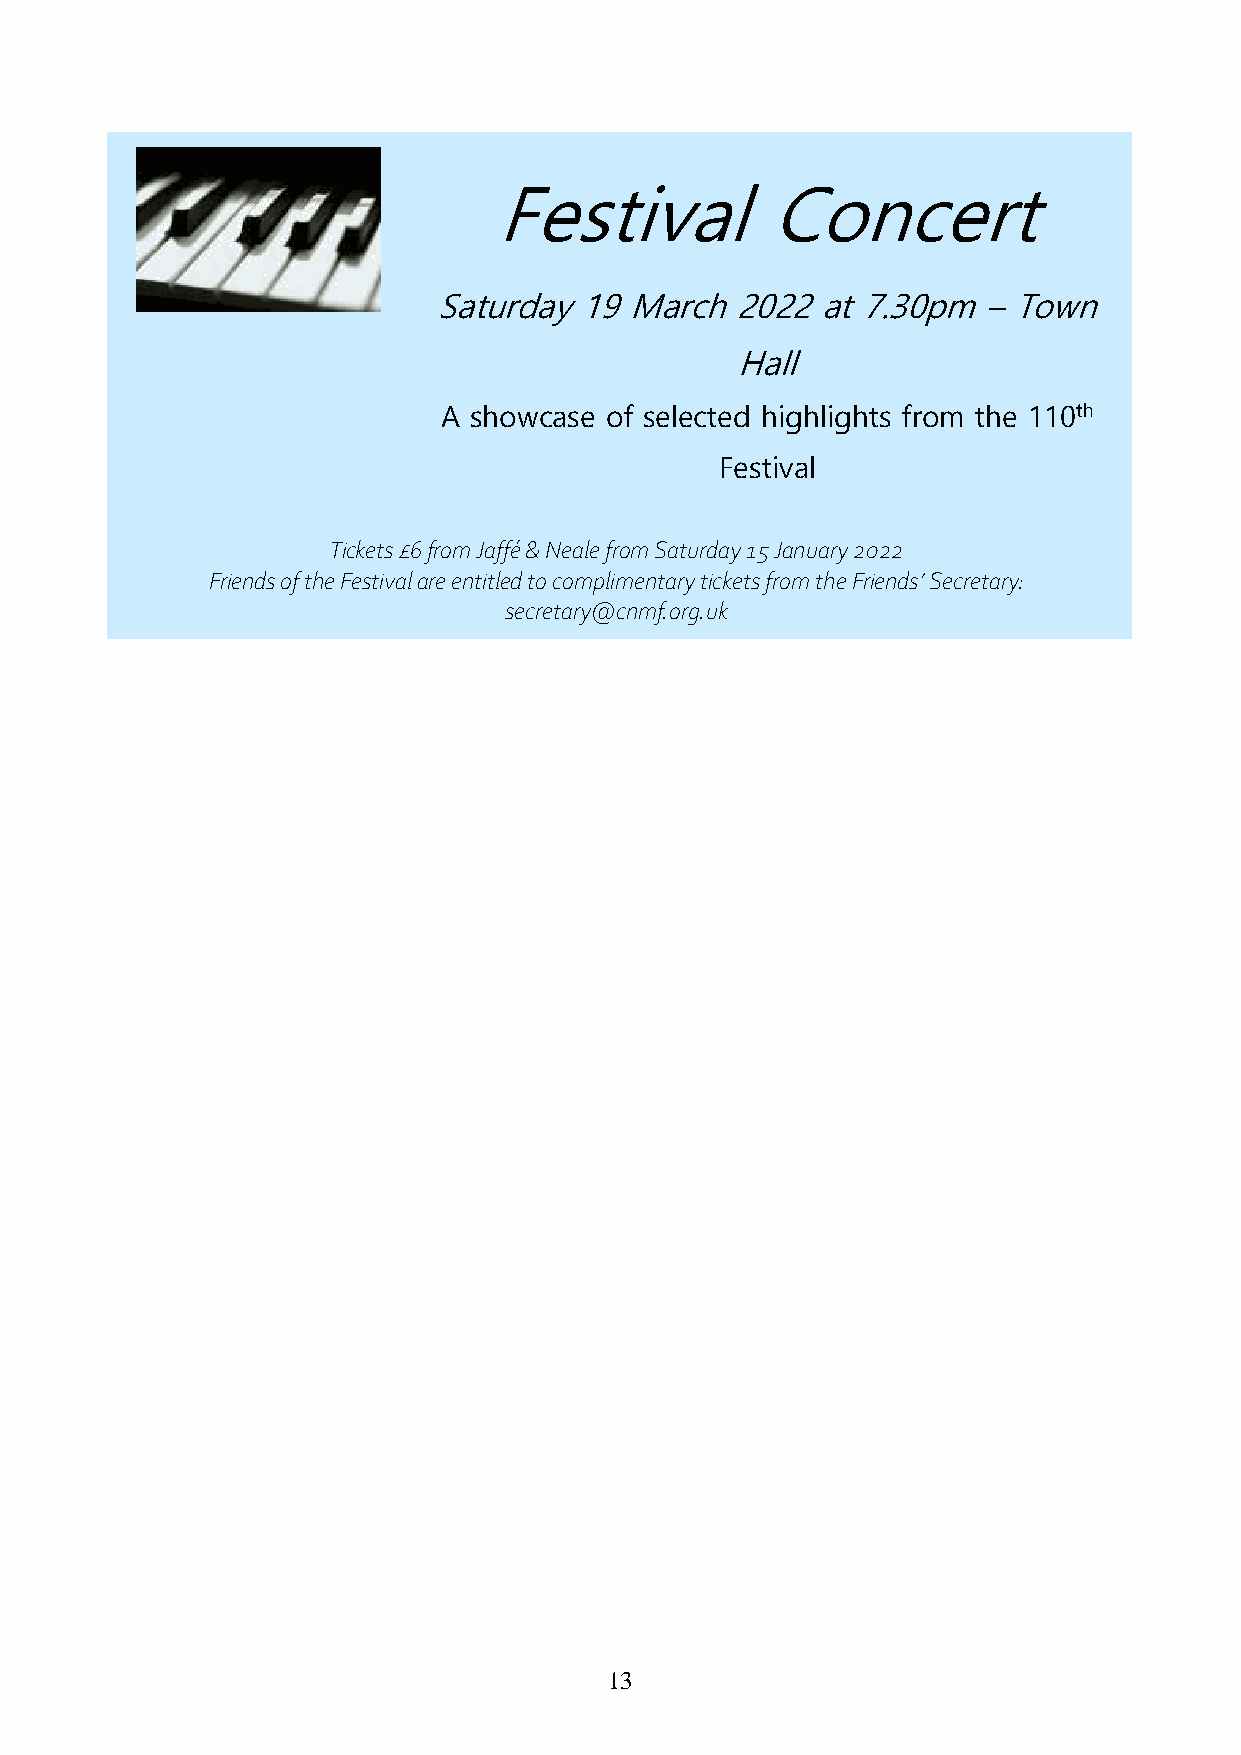
Festival          Concert
 Saturday 19  March  2022 at 7.30pm  – Town
 Hall
 A showcase of selected highlights from the 110th
 Festival
 Tickets £6 from Jaffé & Neale from Saturday 15 January 2022
 Friends of the Festival are entitled to complimentary tickets from the Friends’ Secretary:
 secretary@cnmf.org.uk
 13